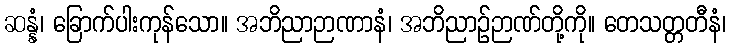
ဆန္နံ၊ ခြောက်ပါးကုန်သော။ အဘိညာဉာဏာနံ၊ အဘိညာဉ်ဉာဏ်တို့ကို။ တေသတ္တတီနံ၊